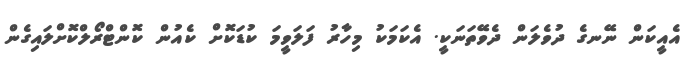
އެއީކަން ނޭނގެ ދުވެލަން ދެވޭތަނަކީ. އެކަމަކު މިހާރު ފަލަވީމަ ކުޑަކޮށް ކެއުން ކޮންޓްރޯލްކޮށްލައިގެން